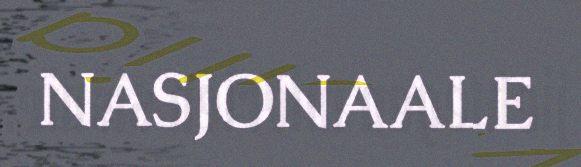
NASJONAALE